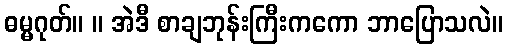
ဓမ္မဂုတ်။ ။ အဲဒီ စာချဘုန်းကြီးကကော ဘာပြောသလဲ။